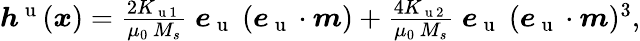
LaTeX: \begin{array}{r}{\boldsymbol{h}^{\mathrm{~u~}}(\boldsymbol{x})=\frac{2K_{\mathrm{~u~1~}}}{\mu_{0}\, M_{s}}\; \boldsymbol{e}_{\mathrm{~u~}}\; (\boldsymbol{e}_{\mathrm{~u~}}\cdot\boldsymbol{m})+\frac{4K_{\mathrm{~u~2~}}}{\mu_{0}\, M_{s}}\; \boldsymbol{e}_{\mathrm{~u~}}\; (\boldsymbol{e}_{\mathrm{~u~}}\cdot\boldsymbol{m})^{3},}\end{array}